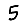
Digit: 5